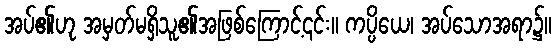
အပ်၏ဟု အမှတ်မရှိသူ၏အဖြစ်ကြောင့်၎င်း။ ကပ္ပိယေ၊ အပ်သောအရာ၌။